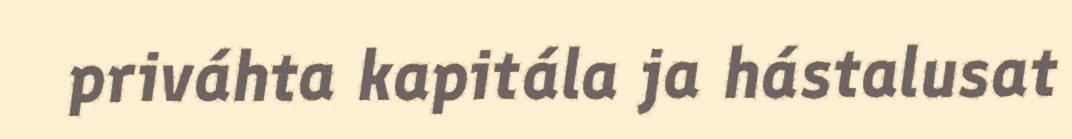
priváhta kapitála ja hástalusat